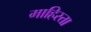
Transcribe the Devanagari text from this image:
माहिस्ता